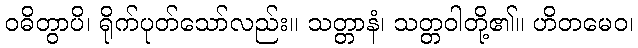
ဝဓိတွာပိ၊ ရိုက်ပုတ်သော်လည်း။ သတ္တာနံ၊ သတ္တဝါတို့၏။ ဟိတမေဝ၊